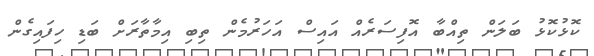
ކޮޅުކޮޅު ބަލަން ތިއްބާ އޮފިސަރެއް އައިސް އަހަރުމެން ތިބި އިމާތާރަށް ބަޑި ހިފައިގެން